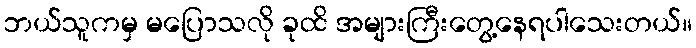
ဘယ်သူကမှ မပြောသလို ခုထိ အများကြီးတွေ့နေရပါသေးတယ်။